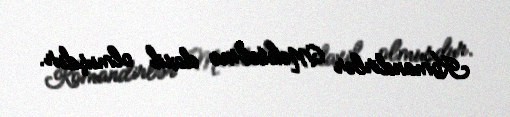
Komandirlər Məktəbinə daxil olmuşdur.